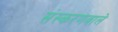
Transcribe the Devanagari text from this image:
संस्करणवाले